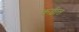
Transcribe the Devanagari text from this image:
कढीत